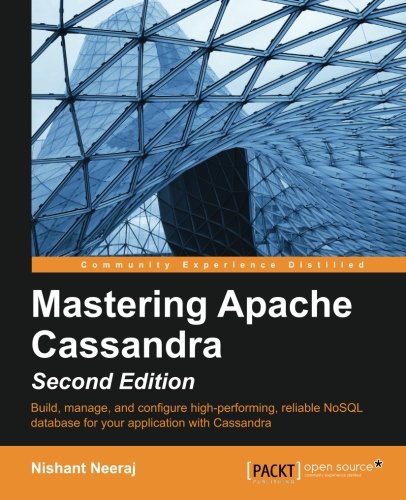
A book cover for Mastering Apache Cassandra - Second Edition; Nishant Neeraj; Computers & Technology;